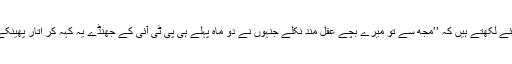
ناصر جمال نواز شریف سے معافی مانگتے ہوئے لکھتے ہیں کہ ’’مجھ سے تو میرے بچے عقل مند نکلے جنہوں نے دو ماہ پہلے ہی پی ٹی آئی کے جھنڈے یہ کہہ کر اُتار پھینکے تھے کہ عمران کو ووٹ دے کر غلطی کی‘‘۔